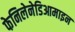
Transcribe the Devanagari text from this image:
फेनिलेनेडिआमाइन